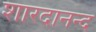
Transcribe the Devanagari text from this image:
शारदानन्द